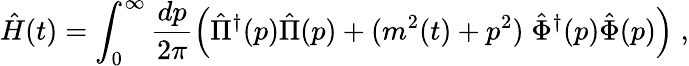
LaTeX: \hat{H}(t)=\int_{0}^{\infty}{\frac{dp}{2\pi}}\Big(\hat{\Pi}^{\dagger}(p)\hat{\Pi}(p)+(m^{2}(t)+p^{2})\; \hat{\Phi}^{\dagger}(p)\hat{\Phi}(p)\Big)\; ,